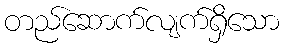
တည်ဆောက်လျက်ရှိသော